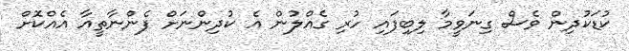
ކުޑަކުދިން ވެސް ގިނަވީމާ ލިބިފައި ހުރި ގެއްލުން އެ ކުދިންނަށް ފެންނާތީއާ އެއްކޮށް